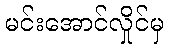
မင်းအောင်လှိုင်မှ